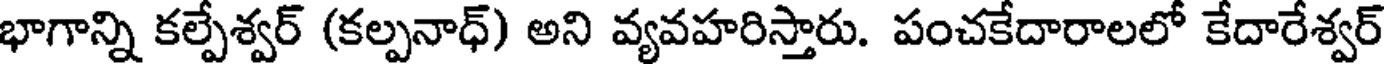
భాగాన్ని కల్పేశ్వర్ (కల్పనాధ్) అని వ్యవహరిస్తారు. పంచకేదారాలలో కేదారేశ్వర్